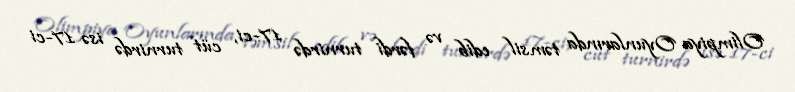
Olimpiya Oyunlarında təmsil edib və fərdi turnirdə 17-ci, cüt turnirdə isə 17-ci